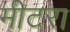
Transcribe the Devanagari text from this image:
मीटरा